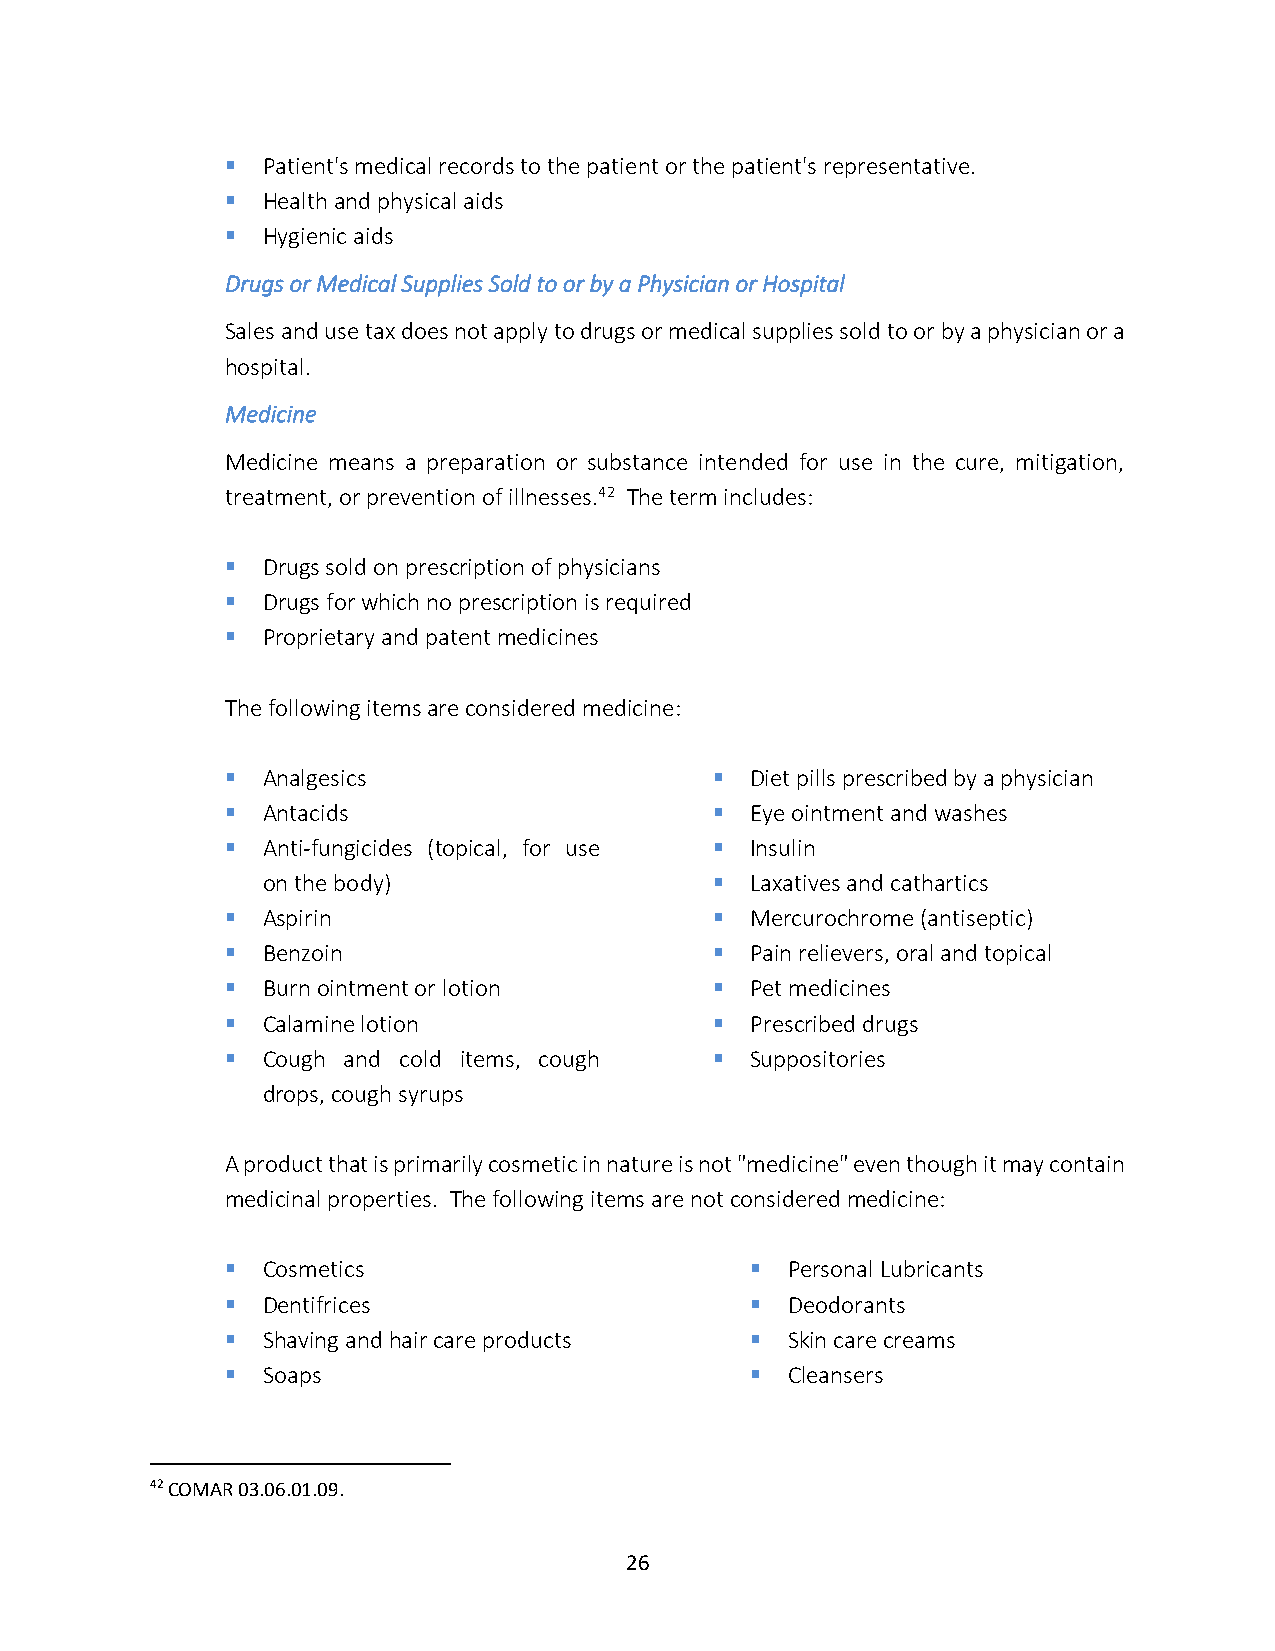
▪ Patient's medical records to the patient or the patient's representative.
 ▪ Health and physical aids
 ▪ Hygienic aids
 Drugs or Medical Supplies Sold to or by a Physician or Hospital
 Sales and use tax does not apply to drugs or medical supplies sold to or by a physician or a
 hospital.
 Medicine
 Medicine means a preparation or substance intended for use in the cure, mitigation,
 treatment, or prevention of illnesses.42 The term includes:
 ▪ Drugs sold on prescription of physicians
 ▪ Drugs for which no prescription is required
 ▪ Proprietary and patent medicines
 The following items are considered medicine:
 ▪ Analgesics                    ▪  Diet pills prescribed by a physician
 ▪ Antacids                      ▪  Eye ointment and washes
 ▪ Anti-fungicides (topical, for use ▪ Insulin
 on the body)                  ▪  Laxatives and cathartics
 ▪ Aspirin                       ▪  Mercurochrome (antiseptic)
 ▪ Benzoin                       ▪  Pain relievers, oral and topical
 ▪ Burn ointment or lotion       ▪  Pet medicines
 ▪ Calamine lotion               ▪  Prescribed drugs
 ▪ Cough and cold items, cough   ▪  Suppositories
 drops, cough syrups
 A product that is primarily cosmetic in nature is not "medicine" even though it may contain
 medicinal properties. The following items are not considered medicine:
 ▪ Cosmetics                        ▪ Personal Lubricants
 ▪ Dentifrices                      ▪ Deodorants
 ▪ Shaving and hair care products   ▪ Skin care creams
 ▪ Soaps                            ▪ Cleansers
 42 COMAR 03.06.01.09.
 26